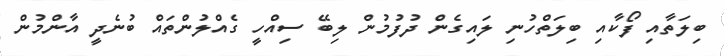
ބިލަތާއި ފޯކާއި ބިލަތްހުނި ލައިގެން ދުފުމުން ލިބޭ ސިއްހީ ގެއްލުންތައް ބުނެދީ އާންމުން